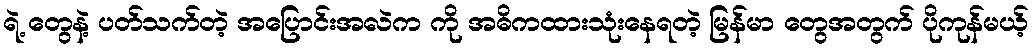
ရဲ့ တွေနဲ့ ပတ်သက်တဲ့ အပြောင်းအလဲက ကို အဓိကထားသုံးနေရတဲ့ မြန်မာ တွေအတွက် ပိုကုန်မယ့်